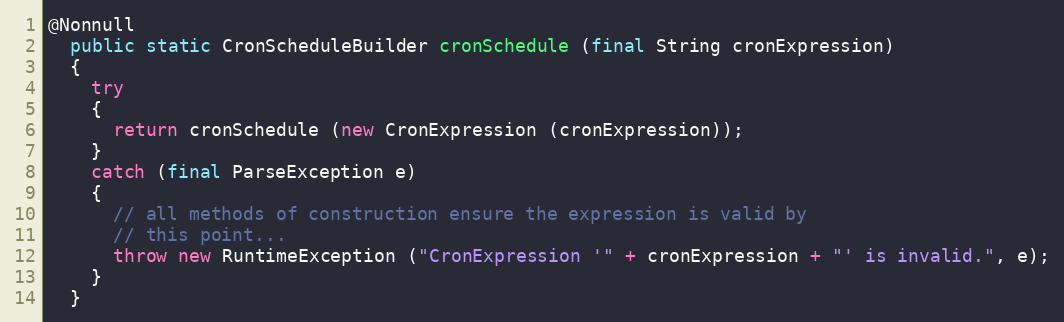
Language: Java
@Nonnull
  public static CronScheduleBuilder cronSchedule (final String cronExpression)
  {
    try
    {
      return cronSchedule (new CronExpression (cronExpression));
    }
    catch (final ParseException e)
    {
      // all methods of construction ensure the expression is valid by
      // this point...
      throw new RuntimeException ("CronExpression '" + cronExpression + "' is invalid.", e);
    }
  }